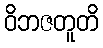
ဝိဘဇတူတိ